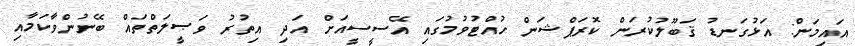
އައިމަން: އަޅުގަނޑު ޤަބޫލުކުރަން ކޮރަޕްޝަން ހުއްޓުވުމުގައި އޭސީސީއަށް އަދި އިތުރު ވަޞީލަތްތައް ބޭނުންވާކަމާއި